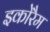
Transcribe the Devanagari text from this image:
इकोरैम